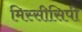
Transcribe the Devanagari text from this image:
मिस्सीसिपी